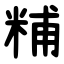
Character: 䊇